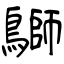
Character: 鶳